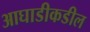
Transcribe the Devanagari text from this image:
आघाडीकडील